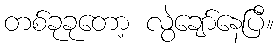
တစ်ခုခုတော့ လွဲချော်နေပြီ။